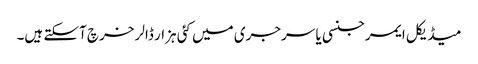
میڈیکل ایمرجنسی یا سرجری میں کئی ہزار ڈالر خرچ آسکتے ہیں۔